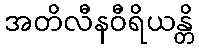
အတိလီနဝီရိယန္တိ